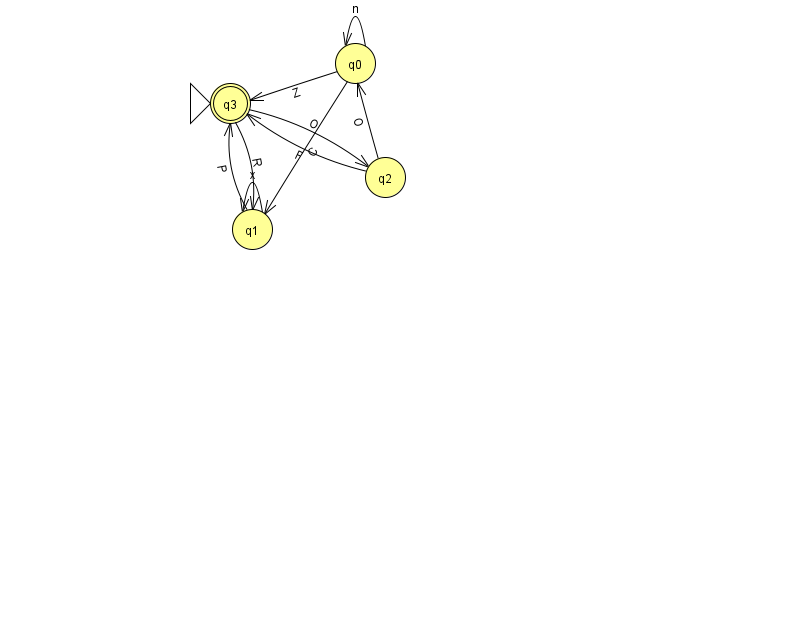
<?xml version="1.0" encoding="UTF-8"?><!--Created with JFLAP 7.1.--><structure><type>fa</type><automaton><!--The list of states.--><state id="0" name="q0"><x>355.0</x><y>50.0</y></state><state id="1" name="q1"><x>252.0</x><y>216.0</y></state><state id="2" name="q2"><x>385.0</x><y>164.0</y></state><state id="3" name="q3"><x>230.0</x><y>90.0</y><initial/><final/></state><!--The list of transitions.--><transition><from>2</from><to>0</to><read>O</read></transition><transition><from>0</from><to>1</to><read>C</read></transition><transition><from>0</from><to>3</to><read>Z</read></transition><transition><from>2</from><to>3</to><read>F</read></transition><transition><from>1</from><to>1</to><read>x</read></transition><transition><from>1</from><to>3</to><read>P</read></transition><transition><from>3</from><to>1</to><read>R</read></transition><transition><from>0</from><to>0</to><read>n</read></transition><transition><from>3</from><to>2</to><read>O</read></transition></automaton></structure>